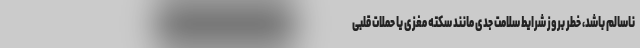
ناسالم باشد، خطر بروز شرایط سلامت جدی مانند سکته مغزی یا حملات قلبی